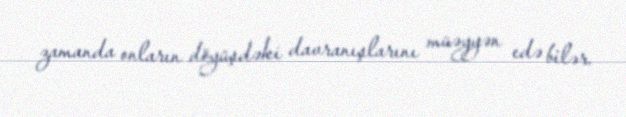
zamanda onların döyüşdəki davranışlarını müəyyən edə bilər.